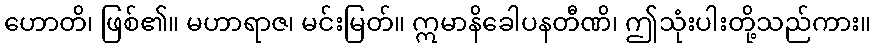
ဟောတိ၊ ဖြစ်၏။ မဟာရာဇ၊ မင်းမြတ်။ ဣမာနိခေါပနတီဏိ၊ ဤသုံးပါးတို့သည်ကား။